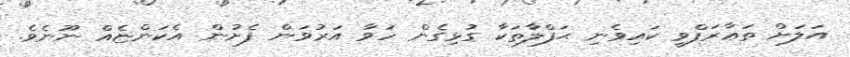
އަލަށް ތަޢާރަފްވީ ކައިވެނި ޙަފްލާތަކާ ގުޅިގެން ހަވާ އަރުވަން ފެށުން އެކަންޏެއް ނޫނެވެ.